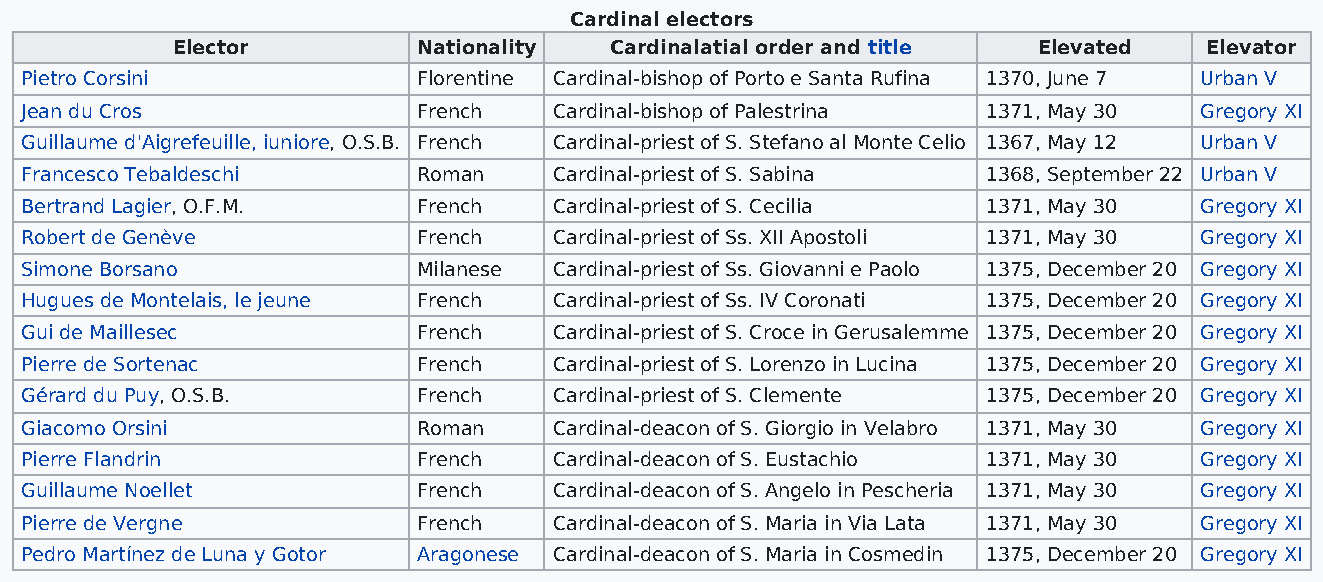
Cardinal electors
 Elector          Nationality Cardinalatial order and title Elevated  Elevator
 Pietro Corsini             Florentine Cardinal-bishop of Porto e Santa Rufina 1370, June 7 Urban V
 Jean du Cros               French   Cardinal-bishop of Palestrina 1371, May 30 Gregory XI
 Guillaume d'Aigrefeuille, iuniore, O.S.B. French Cardinal-priest of S. Stefano al Monte Celio 1367, May 12 Urban V
 Francesco Tebaldeschi      Roman    Cardinal-priest of S. Sabina 1368, September 22 Urban V
 Bertrand Lagier, O.F.M.    French   Cardinal-priest of S. Cecilia 1371, May 30 Gregory XI
 Robert de Genève           French   Cardinal-priest of Ss. XII Apostoli 1371, May 30 Gregory XI
 Simone Borsano             Milanese Cardinal-priest of Ss. Giovanni e Paolo 1375, December 20 Gregory XI
 Hugues de Montelais, le jeune French Cardinal-priest of Ss. IV Coronati 1375, December 20 Gregory XI
 Gui de Maillesec           French   Cardinal-priest of S. Croce in Gerusalemme 1375, December 20 Gregory XI
 Pierre de Sortenac         French   Cardinal-priest of S. Lorenzo in Lucina 1375, December 20 Gregory XI
 Gérard du Puy, O.S.B.      French   Cardinal-priest of S. Clemente 1375, December 20 Gregory XI
 Giacomo Orsini             Roman    Cardinal-deacon of S. Giorgio in Velabro 1371, May 30 Gregory XI
 Pierre Flandrin            French   Cardinal-deacon of S. Eustachio 1371, May 30 Gregory XI
 Guillaume Noellet          French   Cardinal-deacon of S. Angelo in Pescheria 1371, May 30 Gregory XI
 Pierre de Vergne           French   Cardinal-deacon of S. Maria in Via Lata 1371, May 30 Gregory XI
 Pedro Martínez de Luna y Gotor Aragonese Cardinal-deacon of S. Maria in Cosmedin 1375, December 20 Gregory XI